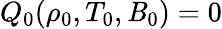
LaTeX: Q_{0}(\rho_{0},T_{0},\mathit{B}_{0})=0